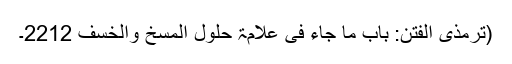
(ترمذی الفتن: باب ما جاء فی علامۃ حلول المسخ والخسف 2212۔